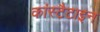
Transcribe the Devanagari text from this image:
कांस्टैटाइन